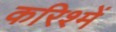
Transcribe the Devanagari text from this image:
करिश्में